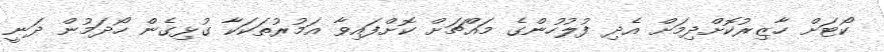
ކޯޓަށް ހާޒިރުކޮށްދިމަށް އެދި ފުލުހުންގެ މައްޗަށް ކޮށްފައިވާ އަމުރުތަކަކާ ގުޅިގެން ހޯދަމުން ދަނީ